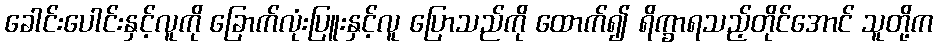
ခေါင်းပေါင်းနှင့်လူကို ခြောက်လုံးပြူးနှင့်လူ ပြောသည်ကို ထောက်၍ ရိက္ခာရသည့်တိုင်အောင် သူတို့က